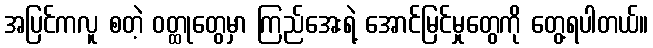
အပြင်ကလူ စတဲ့ ဝတ္ထုတွေမှာ ကြည်အေးရဲ့ အောင်မြင်မှုတွေကို တွေ့ရပါတယ်။